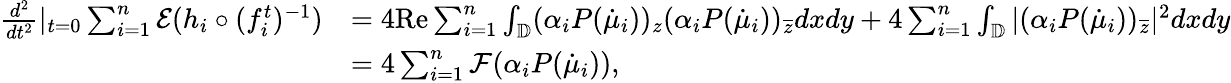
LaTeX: \begin{array}{rl}{\frac{d^{2}}{dt^{2}}|_{t=0}\sum_{i=1}^{n}\mathcal{E}(h_{i}\circ(f_{i}^{t})^{-1})}&{=4\textrm{Re}\sum_{i=1}^{n}\int_{\mathbb{D}}(\alpha_{i}P(\dot{\mu}_{i}))_{z}(\alpha_{i}P(\dot{\mu}_{i}))_{\overline{{z}}}dxdy+4\sum_{i=1}^{n}\int_{\mathbb{D}}|(\alpha_{i}P(\dot{\mu}_{i}))_{\overline{{z}}}|^{2}dxdy}\\ &{=4\sum_{i=1}^{n}\mathcal{F}(\alpha_{i}P(\dot{\mu}_{i})),}\end{array}